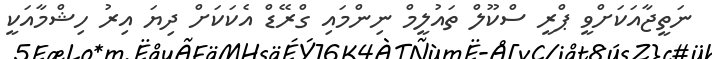
ނަތީޖާއަކަށްވީ ޕްރީ ސްކޫލް ތައުލީމް ނިންމައި ގްރޭޑް އެކަކަށް ދިޔަ އިރު ހިޝްމާއަކީ